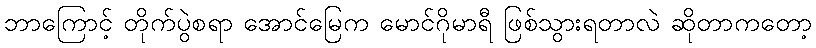
ဘာကြောင့် တိုက်ပွဲစရာ အောင်မြေက မောင်ဂိုမာရီ ဖြစ်သွားရတာလဲ ဆိုတာကတော့